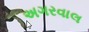
અગરવાલ